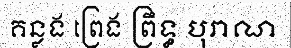
គន្លង ព្រេង ព្រឹទ្ធ បុរាណ